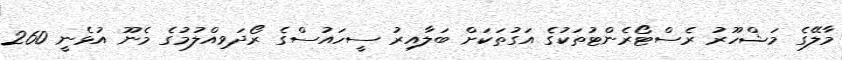
މާލޭގެ މަޝްހޫރު ރެސްޓޯރެންޓުތަަކުގެ އަގުތަކަށް ބަލާއިރު ސީހައުސްގެ ރޯދަވިއްލުމުގެ މެނޫ އުޅެނީ 260